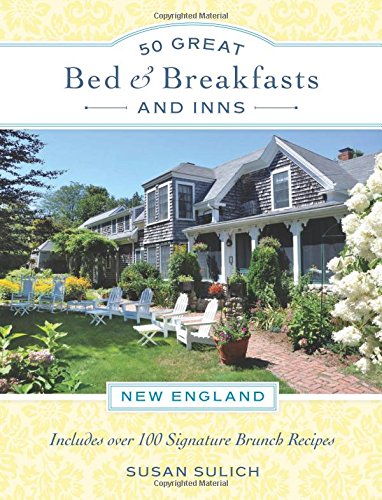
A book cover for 50 Great Bed & Breakfasts and Inns: New England: Includes Over 100 Signature Brunch Recipes; Susan Sulich; Cookbooks, Food & Wine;